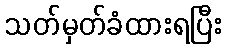
သတ်မှတ်ခံထားရပြီး